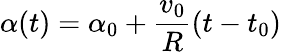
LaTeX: \alpha(t)=\alpha_{0}+\frac{v_{0}}{R}(t-t_{0})